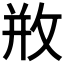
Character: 𢼶